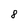
Character: 8